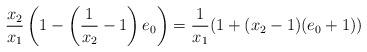
LaTeX: \begin{align*}\frac{x_2}{x_1}\left(1-\left(\frac{1}{x_2}-1\right)e_0\right)=\frac1{x_1}(1+(x_2-1)(e_0+1))\end{align*}